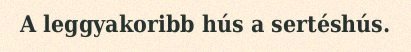
A leggyakoribb hús a sertéshús.